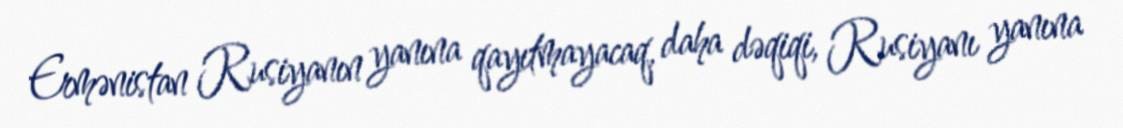
Ermənistan Rusiyanın yanına qayıtmayacaq, daha dəqiqi, Rusiyanı yanına